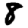
Digit: 8